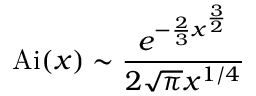
\operatorname { A i } ( x ) \sim { \frac { e ^ { - { \frac { 2 } { 3 } } x ^ { \frac { 3 } { 2 } } } } { 2 { \sqrt { \pi } } x ^ { 1 / 4 } } }